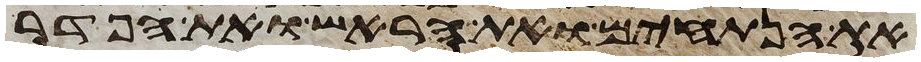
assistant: את הנתחים ואת הראש ואת הפדר